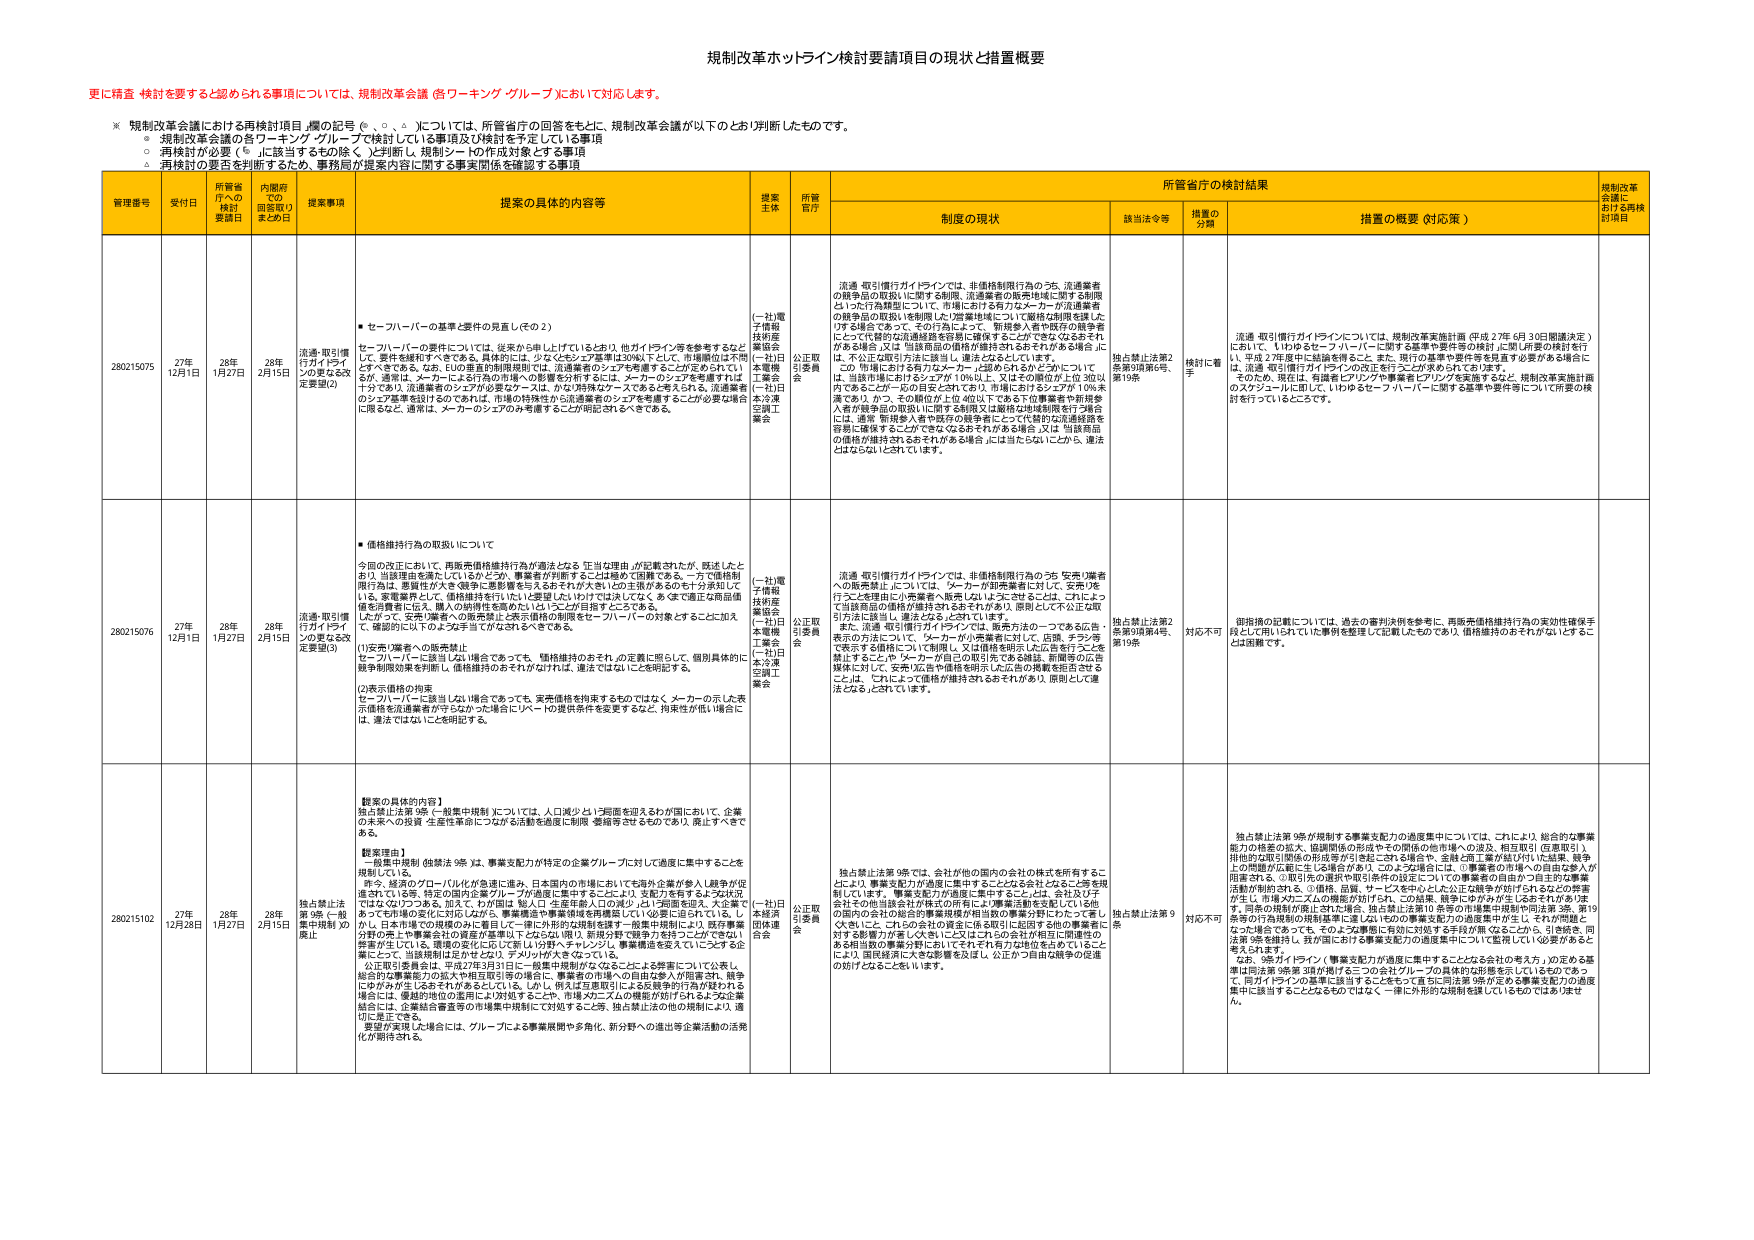
規制改革ホットライン検討要請項目の現状と措置概要

更に精査・検討を要すると認められる事項については、規制改革会議（各ワーキング・グループ）において対応します。

※ 規制改革会議における再検討項目（欄の記号 ◎、○、△）については、所管省庁の回答をもとに、規制改革会議が以下のように判断したものです。
○ 規制改革会議の各ワーキング・グループで検討している事項及び検討を予定している事項
○ 再検討が必要（◎）に該当するもの（除く）検討し、規制シートの作成対象とする事項
△ 再検討の要否を判断するため、事務局が提案内容に関する事実関係を確認する事項

| 管理番号 | 受付日 | 所管省庁への検討要請日 | 内閣府での回答取りまとめ日 | 提案事項 | 提案の具体的内容等 | 提案主体 | 所管官庁 | 所管省庁の検討結果 | 規制改革会議における再検討項目 |
|----------|--------|------------------------|-----------------------------|----------|---------------------|----------|----------|---------------------|-----------------------------|
|          |        |                        |                             |          |                     |          |          | 制度の現状 | 該当法令等 | 措置の分類 | 措置の概要（対応等） |                             |
| 280215075 | 27年12月1日 | 28年1月27日 | 28年2月15日 | 流通・取引慣行ガイドラインの更なる改定要望(2) | ● セーフハーバーの基準と要件の見直し（その2）<br>セーフハーバーの要件については、従来から申し上げているとおり、他ガイドライン等を参考するとともに、要件を緩和すべきである。具体的には、少なくともシェア基準は30％以下として、市場順位は不問とするべきである。なお、EUの垂直的制限規制では、流通業者のシェアを考慮することができないというが、要因は、メーカーにとらわれない市場への影響を分析するには、メーカーのシェアを考慮すれば十分であり、流通業者のシェアが必要なケースは、かなり特殊なケースであると考えられる。流通業者のシェア基準を設けるのであれば、市場の特殊性から流通業者のシェアを考慮することが必要な場合に限るなど、透明な、メーカーのシェアのみ考慮するこの原則に従うべきである。 | （一社）電子情報技術産業協会（一社）日本電機工業会（一社）日本流通業協会 | 公正取引委員会 | 流通・取引慣行ガイドラインでは、非価格制限行為のうち、流通業者の競争品の取扱いに関する制限、流通業者の販売地域に関する制限といった行為類型について、市場における有力なメーカーが流通業者の競争品の取扱いを制限した（営業地域について価格を制限を施した）ける場合であって、その行為によって、新規参入者や既存の競争者にとって代替的流通経路を容易に確保することができなくなるおそれがある場合、又は当該商品の供給が維持されるとされる場合に、不公正な取引方法に該当し、違法となるとしています。<br>この「市場における有力なメーカー」に該当されるかどうかについては、当該市場におけるシェアが10％以上、又はその他のガイドが30％以内であることが一般の目安とされており、市場におけるシェアが10％未満であり、かつ、その取扱品が上記40％以上である旨の事業者や新規参入者が競争品の取扱いに関する制限又は価格の特別取扱を行う場合には、通常「新規参入者や既存の競争者にとって代替的な流通経路を容易に確保することができなくなるおそれがある場合、又は当該商品の供給が維持されるおそれがある場合」には当たらないことから、違法とはならないとされています。 | 独占禁止法第2条第9項第6号、第19条 | 検討に着手 | 流通・取引慣行ガイドラインについては、規制改革実施計画（平成27年6月30日閣議決定）において、「いわゆるセーフハーバーに関する基準や要件等の検討」に取り組む旨の検討を行い、平成27年度中に結論を得ること。また、現行の基準や要件等を見直す必要がある場合には、流通・取引慣行ガイドラインの改正を行うことが求められております。<br>そのため、現在は、有識者もプロジェクトの事業者もプロジェクトを実施するなど、規制改革実施計画のスケジュールに即して、いわゆるセーフハーバーに関する基準や要件等についての所要の検討を行っているところです。 |                             |
| 280215076 | 27年12月1日 | 28年1月27日 | 28年2月15日 | 流通・取引慣行ガイドラインの更なる改定要望(3) | ● 価格維持行為の取扱いについて<br>今回の改正において、再販売価格維持行為が違法となる「正当な理由」が記載されたが、既法（たとえば）、当該理由を満たしているかどうか、事業者が判断することは極めて困難である。一方で価格制限行為は、悪質性が大きく競争に悪影響を与えるおそれが大きいとの主張があるのも十分承知している。要望事項として、価格維持を行いにくい要望したいわけではなく、あくまで適正な商品価格を消費者に伝え、購入の判断性を高めたいということが目指すことである。<br>したがって、安価な業者の販売業者による価格の抑制をセーフハーバーの対象とすることに加え、確認的に以下の3点を当たがなされるべきである。<br>(1)安価な業者の販売禁止<br>セーフハーバーに該当しない場合であっても、価格維持のあそれの定義に照らして、個別具体的に競争制限効果を判断し、価格維持のおそれの如何は、違法ではないことにを明記する。<br>(2)表示価格の拘束<br>セーフハーバーに該当しない場合であっても、実売価格を拘束するのではなく、メーカーの示した表示価格を流通業者が下らなかった場合にリベートの提供条件を変更するなど、拘束性が低い場合に、違法ではないことを明記する。 | （一社）電子情報技術産業協会（一社）日本電機工業会（一社）日本流通業協会 | 公正取引委員会 | 流通・取引慣行ガイドラインでは、非価格制限行為のうち、安売り業者への販売禁止については、メーカーが販売業者に対して、安売りを行うことを理由に小売業者へ販売しないように求ることは、これによって当該商品の価格が維持されるおそれがあり、原則として不公正な取引方法に該当し、違法となるとされています。<br>また、流通・取引慣行ガイドラインでは、販売方法の一つである広告表示の方法について、「メーカーが小売業者に対して、店頭、チラシ等で販売する商品について制限し、又は価格を明記した広告を行うことを禁止すること」や「メーカーが自己の取引先である総販、新興等の広告媒体に対して、安売り広告や価格を明示した広告の掲載を拒否すること」は、「これによって価格が維持されるおそれがあり、原則として違法となる」とされています。 | 独占禁止法第2条第9項第4号、第19条 | 対応不可 | 価格維持の記載については、過去の審判決例を参考に、再販売価格維持行為の実効性確保手段として用いられてきた事例を整理して記載したものであり、価格維持のおそれがないとすることは困難です。 |                             |
| 280215102 | 27年12月28日 | 28年1月27日 | 28年2月15日 | 独占禁止法第9条（一般集中規制）の廃止 | 【提案の具体的内容】<br>独占禁止法第9条（一般集中規制）については、人口減少と1人世帯を迎えるわが国において、企業の未来に大投資・生産性革命につながる活動を過度に制限・委縮させるものであり、廃止すべきである。<br>【提案理由】<br>一般集中規制（独禁法第9条）は、事業支配力が特定の企業グループに対して過度に集中することを規制している。<br>昨今、経済のグローバル化が急速に進み、日本国内の市場においても国内企業が参入し競争が促進されている。特定の国内企業グループが過度に集中することにより、支配力を有するよう状況ではなくなっている。加えて、わが国に拠点を置く外国人の企業や個人の投資、外国企業が参入し、大企業であっても市場の変化に対応しながら、事業構造や事業領域を再構築していく必要に迫られている。しかし、日本市場での規模のゆらぎをはじめ、海外的な規制を越す一般集中規制により、既存事業分野の売上や事業会社の資産が集積されていない限り、新規分野で競争力を得つつ次いで再び、業容が生じている。環境の変化に応じて新しい分野へチャレンジし、事業構造を変えていくことする企業にとって、当該規制は足かせとなり、デメリットが大きくなっている。<br>公正取引委員会は、平成27年3月31日に一般集中規制があることによる弊害について公表し、総合的な事業能力の拡大や相互取引等の場合に、事業者の市場への自由な参入が阻害され、競争にゆがみが生じるおそれがあるとしている。しかし、例えば豆腐屋引による反競争的行為が疑われる場合には、優越的地位の濫用により対処することや、市場のニーズの機能が妨げられるような企業結合には、企業結合審査等の市場集中規制にて対処すること等、独占禁止法の他の規制により、適切に是正できる。<br>要望が実現した場合には、グループによる事業展開や多角化、新分野への進出等企業活動の活発化が期待される。 | （一社）日本経済団体連合会 | 公正取引委員会 | 独占禁止法第9条では、会社が他の国内の会社の株式を所有することにより、事業支配力が過度に集中することとなるおそれなどを規制しています。事業支配力が過度に集中することには、会社及び子会社がその自由な参入が阻害されるおそれや、事業活動を支配している国内の会社の総合的事業規模が相当数の事業分野にわたって著しく大きいこと、これらの会社の資産に係る取引に起因する他の事業者に対する影響力が著しく大きいことなどにより、会社が相互に関連性のある相当数の事業分野においてそれぞれ有力な地位を占めていることにより、国民経済に大きな影響を及ぼし、公正かつ自由な競争の促進の妨げになることをいいます。 | 独占禁止法第9条 | 対応不可 | 独占禁止法第9条が規制する事業支配力の過度集中については、これにより、総合的な事業能力の格差の拡大、協調関係の形成やその関係の他市場への波及、相互取引（産業取引）、排他的な取引関係の形成等が引き起こされる場合や、金融・商工業が結び付けた結果、競争上の問題が広範に生じる場合があり、このような場合には、①事業者の市場への自由な参入が阻害される、②取引先の選択や取引条件の設定についての事業者の自由かつ自主的な事業活動が制約される、③価格、品質、サービスを中心とした公正な競争が妨げられるなどの弊害が生じ、市場メカニズムの機能が妨げられ、この結果、競争にゆがみが生じるおそれがある。また、同条の規制が廃止された場合、独占禁止法第10条等の市場集中規制や同法第3条、第19条等の行為規制の規制基準に著しいものの事業支配力の過度集中が生じ、それが問題となった場合であっても、そのような事業に有効に対処する手段が無くなることから、引き続き、同法第9条を維持し、我が国における事業支配力の過度集中について監視していく必要があると考えられます。<br>なお、9条ガイドライン（事業支配力が過度に集中することとなる会社の考え方）の定める基準は同法第9条第3項が掲げる二つの会社グループの具体的な形態を示しているものであって、何ガイドラインの基準に該当することをもって直ちに同法第9条が定める事業支配力の過度集中に該当することとなるものではなく、一律に外形的な規制を課しているものではありません。 |                             |